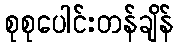
စုစုပေါင်းတန်ချိန်